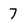
Character: 7